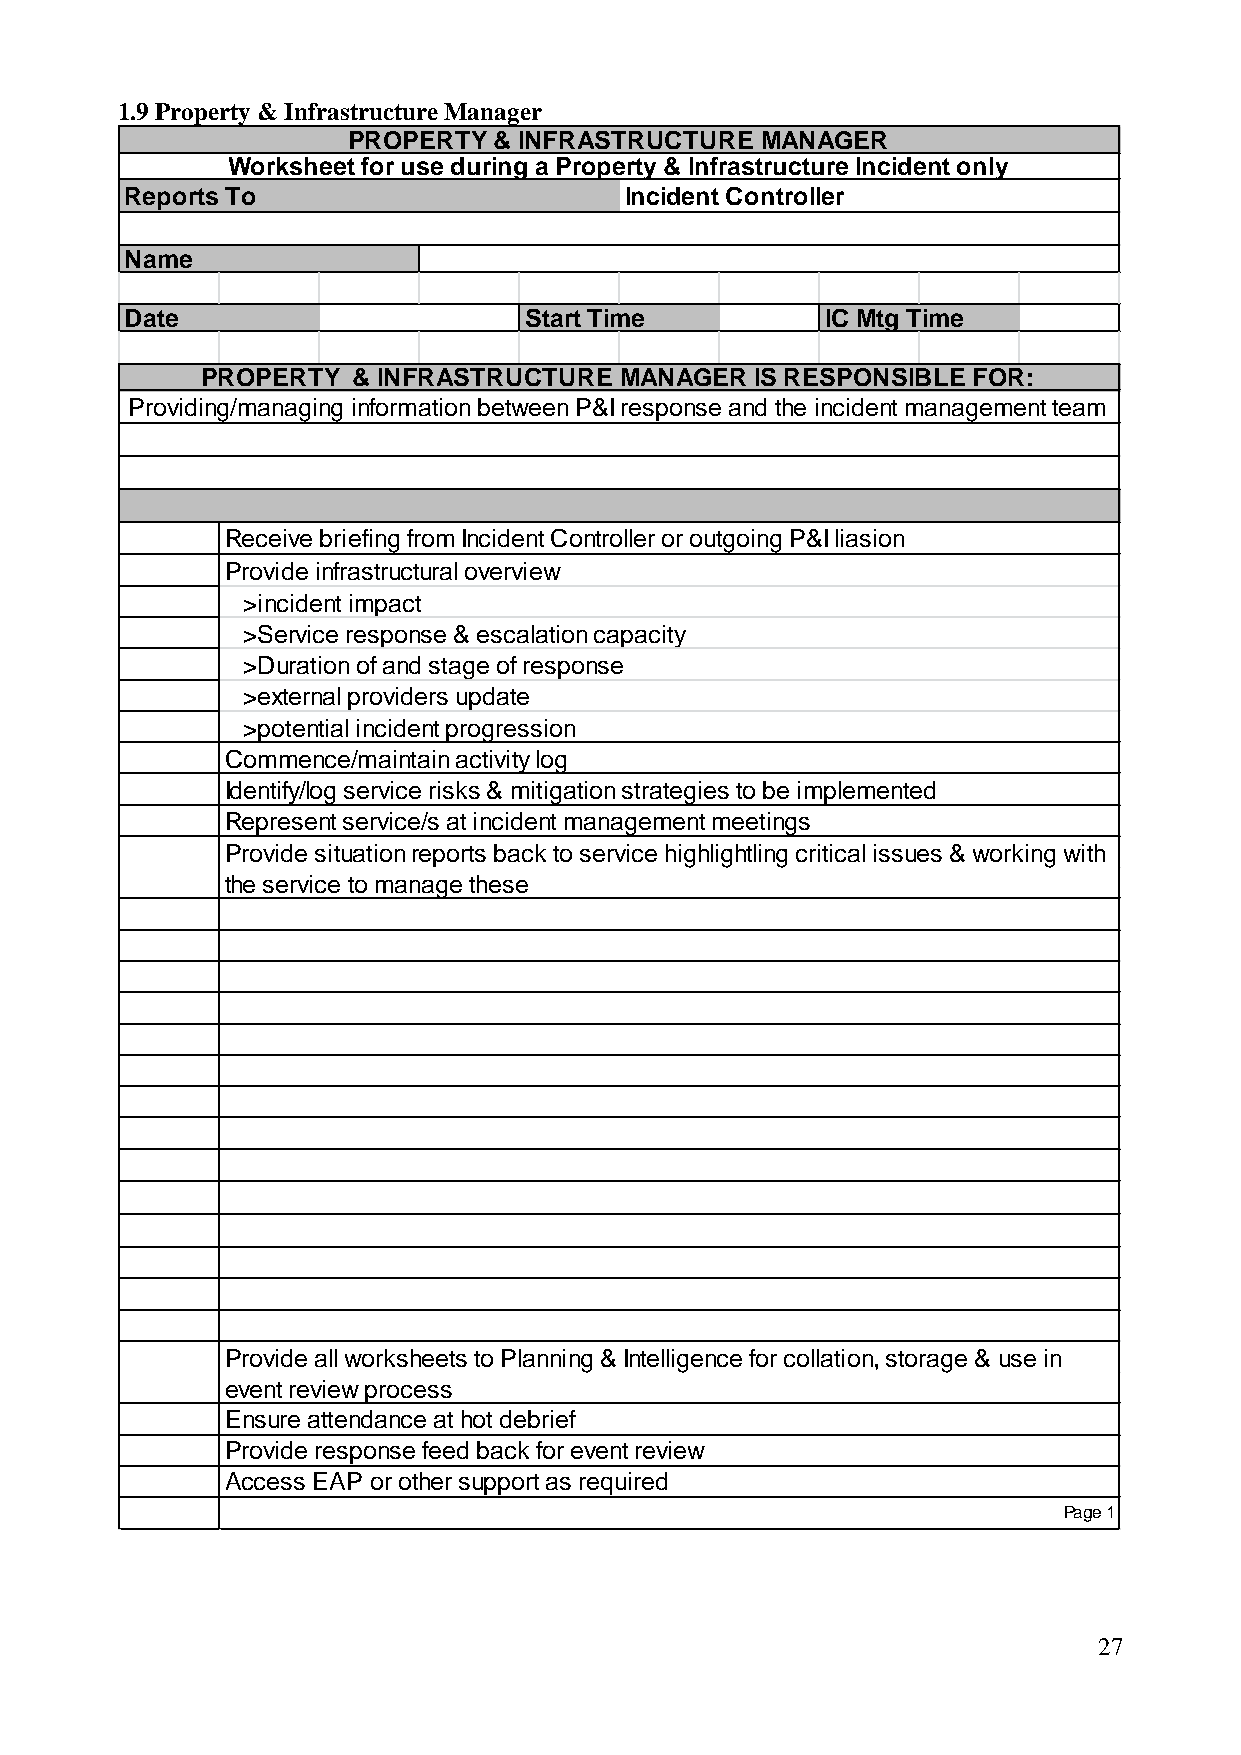
1.9 Property & Infrastructure Manager
 PROPERTY  & INFRASTRUCTURE MANAGER
 Worksheet for use during a Property & Infrastructure Incident only
 Reports To                       Incident Controller
 Name
 Date                       Start Time          IC Mtg Time
 PROPERTY  & INFRASTRUCTURE  MANAGER  IS RESPONSIBLE FOR:
 Providing/managing information between P&I response and the incident management team
 Receive briefing from Incident Controller or outgoing P&I liasion
 Provide infrastructural overview
 >incident impact
 >Service response & escalation capacity
 >Duration of and stage of response
 >external providers update
 >potential incident progression
 Commence/maintain activity log
 Identify/log service risks & mitigation strategies to be implemented
 Represent service/s at incident management meetings
 Provide situation reports back to service highlightling critical issues & working with
 the service to manage these
 Provide all worksheets to Planning & Intelligence for collation, storage & use in
 event review process
 Ensure attendance at hot debrief
 Provide response feed back for event review
 Access EAP or other support as required
 Page 1
 27